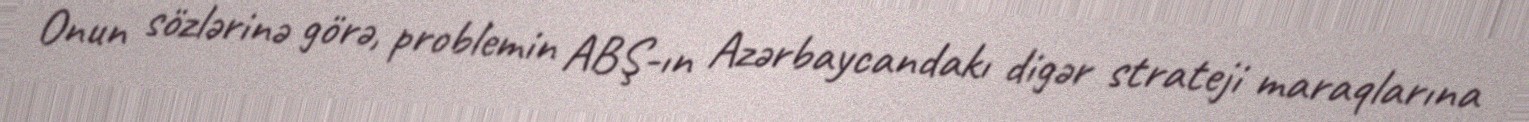
Onun sözlərinə görə, problemin ABŞ-ın Azərbaycandakı digər strateji maraqlarına